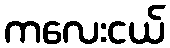
ကလေးငယ်